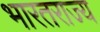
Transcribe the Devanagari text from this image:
भारतराज्य